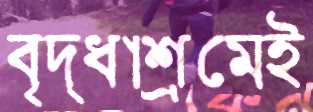
বৃদ্ধাশ্রমেই